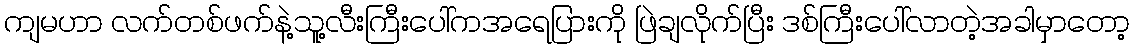
ကျမဟာ လက်တစ်ဖက်နဲ့သူ့လီးကြီးပေါ်ကအရေပြားကို ဖြဲချလိုက်ပြီး ဒစ်ကြီးပေါ်လာတဲ့အခါမှာတော့